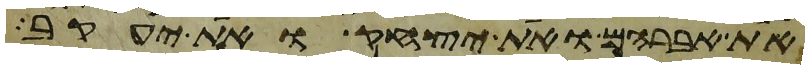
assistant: את אברהם ואת יצחק ואת יעקב